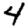
Digit: 4